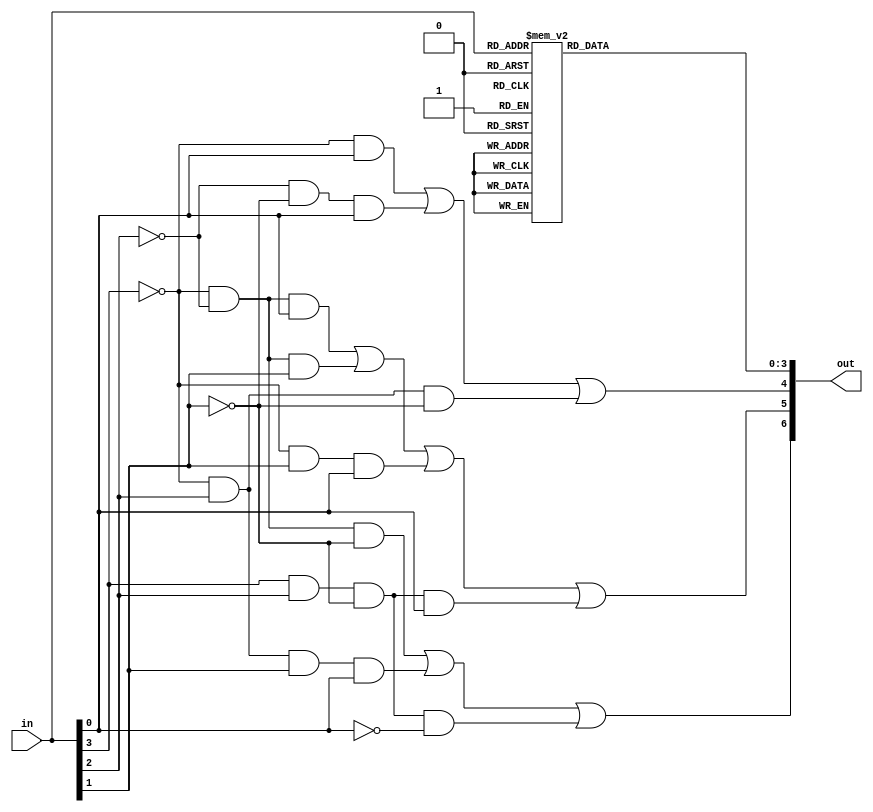
module seg7(
    input [3:0] in,

    output [6:0] out
);

wire [2:0] MSB;
reg [3:0] LSB;


parameter ZERO =  7'b100_0000;
parameter ONE =   7'b111_1001;
parameter TWO = 7'b010_0100;
parameter THREE = 7'b011_0000;
parameter FOUR = 7'b001_1001;
parameter FIVE = 7'b001_0010;
parameter SIX = 7'b000_0010;
parameter SEVEN = 7'b111_1000;
parameter EIGHT = 7'b000_0000;
parameter NINE = 7'b001_1000;
parameter A = 7'b000_1000;
parameter B = 7'b000_0011;
parameter C = 7'b100_0110;
parameter D = 7'b010_0001;
parameter E = 7'b000_0110;
parameter F = 7'b000_1110;

always @(in) begin
    case (in)
        4'b0000: begin //zero
            LSB = ZERO[3:0];
         end
         4'b0001: begin //one
            LSB = ONE[3:0]; 
         end
         4'b0010: begin //two
            LSB = TWO[3:0]; 
         end
         4'b0011: begin //three
            LSB = THREE[3:0]; 
         end
         4'b0100: begin //four
            LSB = FOUR[3:0]; 
         end
         4'b0101: begin //five
            LSB = FIVE[3:0]; 
         end
         4'b0110: begin //six
            LSB = SIX[3:0]; 
         end
         4'b0111: begin //seven
            LSB = SEVEN[3:0]; 
         end
         4'b1000: begin //eight
            LSB = EIGHT[3:0]; 
         end
         4'b1001: begin //nine
            LSB = NINE[3:0]; 
         end
         4'b1010: begin //A
            LSB = A[3:0]; 
         end
         4'b1011: begin //B
            LSB = B[3:0]; 
         end
         4'b1100: begin //C
            LSB = C[3:0]; 
         end
         4'b1101: begin //D
            LSB = D[3:0]; 
         end
         4'b1110: begin //E
            LSB = E[3:0]; 
         end
         4'b1111: begin //F
            LSB = F[3:0];
         end
         default: begin
            LSB = ZERO[3:0];
         end    
    endcase      
end
/*
assign MSB[2] = a&b&c | a&B&C&D | A&B&c&d;
assign MSB[1] = a&b&D | a&b&C | a&C&D | A&B&c&D;
assign MSB[0] = a&D | b&c&D | a&B&c;
*/
assign MSB[2] = (~in[3]&~in[2]&~in[1]) | (~in[3]&in[2]&in[1]&in[0]) | (in[3]&in[2]&~in[1]&~in[0]);
assign MSB[1] = (~in[3]&~in[2]&in[0]) | (~in[3]&~in[2]&in[1]) | (~in[3]&in[1]&in[0]) | (in[3]&in[2]&~in[1]&in[0]);
assign MSB[0] = (~in[3]&in[0]) | (~in[2]&~in[1]&in[0]) | (~in[3]&in[2]&~in[1]);

assign out = {MSB, LSB};

endmodule